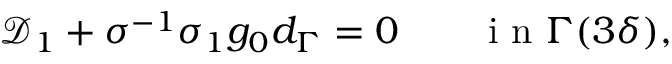
\begin{array} { r } { \mathcal { D } _ { 1 } + \sigma ^ { - 1 } \sigma _ { 1 } g _ { 0 } d _ { \Gamma } = 0 \qquad \mathrm { ~ i ~ n ~ } \Gamma ( 3 \delta ) , } \end{array}